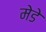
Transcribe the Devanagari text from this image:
मेडे